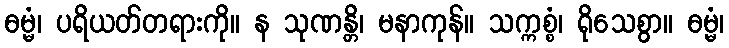
ဓမ္မံ၊ ပရိယတ်တရားကို။ န သုဏန္တိ၊ မနာကုန်။ သက္ကစ္စံ၊ ရိုသေစွာ။ ဓမ္မံ၊